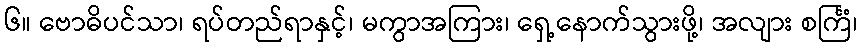
၆။ ဗောဓိပင်သာ၊ ရပ်တည်ရာနှင့်၊ မကွာအကြား၊ ရှေ့နောက်သွားဖို့၊ အလျား စင်္ကြံ၊